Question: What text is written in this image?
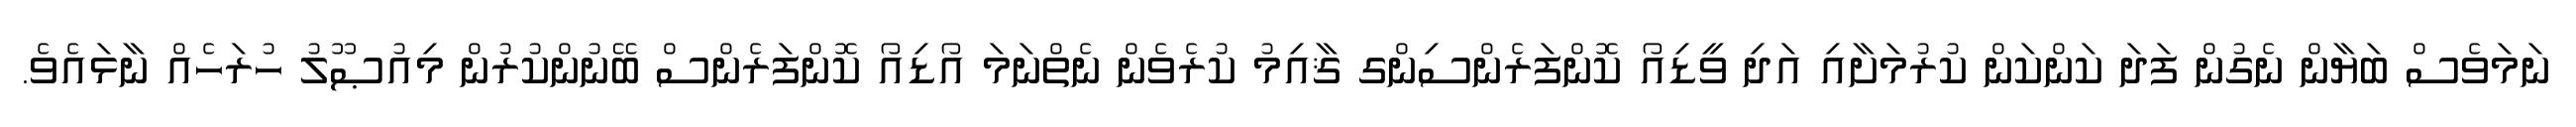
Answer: ނަމަވެސް ބަޔާން ނެގުން ފަދަ ކަންކަން ކުރުމަށާއި އަދި ވީޑިއޯ ކޮންފަރެންސިންގ ޤާއިމު ކުރެވެން ނެތްނަމަ އޯޑިއޯ ކޮންފަރެންސް ބޭނުންކުރުން މިއުޞޫލު ހުރަހެއް ނާޅައެވެ.